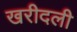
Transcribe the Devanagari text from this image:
खरीदली